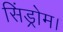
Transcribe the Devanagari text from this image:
सिंड्रोम।